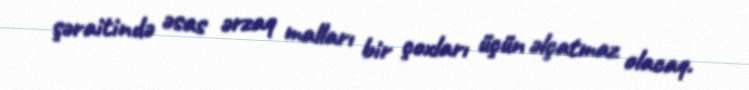
şəraitində əsas ərzaq malları bir çoxları üçün əlçatmaz olacaq.